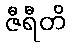
ဇီရီတိ